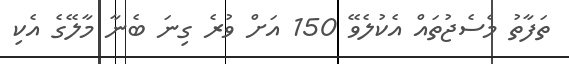
ތަފާތު މެސެޖުތައް އެކުލެވޭ 150 އަށް ވުރެ ގިނަ ބެނާ މާލޭގެ އެކި